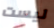
ليست